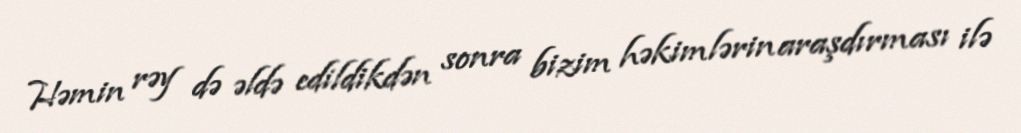
Həmin rəy də əldə edildikdən sonra bizim həkimlərin araşdırması ilə